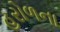
હરોળના